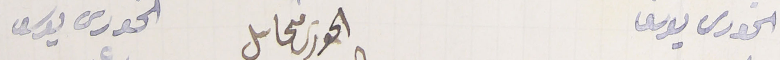
الحورى يوسف                  الحورى محاىل                 الحورى يوسف